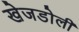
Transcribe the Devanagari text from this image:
खेजडोली